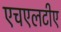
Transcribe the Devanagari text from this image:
एचएलटीए